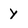
Character: Y